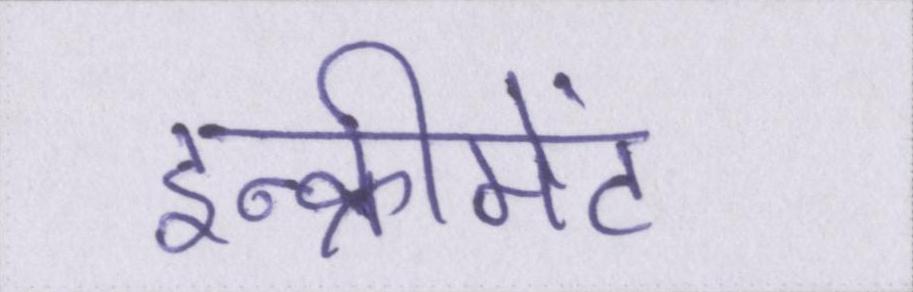
इन्क्रीमेंट